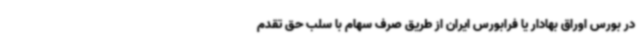
در بورس اوراق بهادار یا فرابورس ایران از طریق صرف سهام با سلب حق تقدم